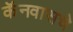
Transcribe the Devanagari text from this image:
कॅनवासचे